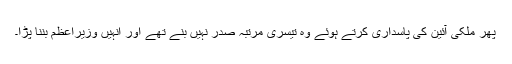
پھر ملکی آئین کی پاسداری کرتے ہوئے وہ تیسری مرتبہ صدر نہیں بنے تھے اور انہیں وزیراعظم بننا پڑا۔